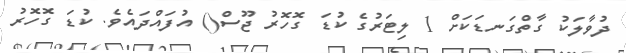
ދުވާލަކު ގާތްގަނޑަކަށް 1 ލިޓަރުގެ ކުޑަ ގޮހޮރު ޖޫސް() އުފައްދައެވެ. ކުޑަ ގޮހޮރު